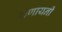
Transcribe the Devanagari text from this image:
राणायनी